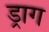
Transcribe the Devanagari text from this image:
ड्राग